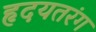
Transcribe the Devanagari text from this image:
हृदयतरंग